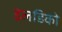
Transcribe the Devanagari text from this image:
इलडिको